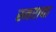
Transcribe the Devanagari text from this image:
स्मरावा